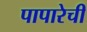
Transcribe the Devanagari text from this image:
पापारेची